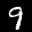
Label: 9